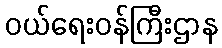
ဝယ်ရေးဝန်ကြီးဌာန